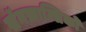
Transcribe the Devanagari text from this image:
सॅनफ्रान्सिको